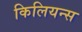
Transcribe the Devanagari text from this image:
किलियन्स